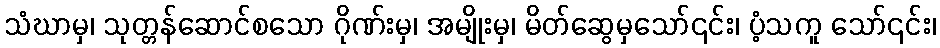
သံဃာမှ၊ သုတ္တန်ဆောင်စသော ဂိုဏ်းမှ၊ အမျိုးမှ၊ မိတ်ဆွေမှသော်၎င်း၊ ပံ့သကူ သော်၎င်း၊